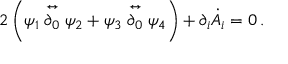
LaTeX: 2 \left( \psi _ { 1 } \stackrel { \leftrightarrow } { \partial _ { 0 } } \psi _ { 2 } + \psi _ { 3 } \stackrel { \leftrightarrow } { \partial _ { 0 } } \psi _ { 4 } \right) + \partial _ { i } \dot { A } _ { i } = 0 \, .